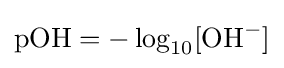
\mathrm {pOH} =-\log _{10}[\mathrm {OH} ^{-}]